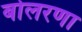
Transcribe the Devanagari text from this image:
बोलरणा